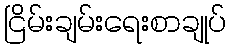
ငြိမ်းချမ်းရေးစာချုပ်